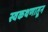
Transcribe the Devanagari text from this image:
स्वकथणातून